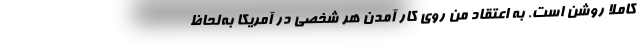
کاملاً روشن است. به اعتقاد من روی کار آمدن هر شخصی در آمریکا به‌لحاظ